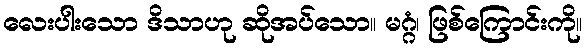
လေးပါးသော ဒိသာဟု ဆိုအပ်သော။ မဂ္ဂံ၊ ဖြစ်ကြောင်းကို။